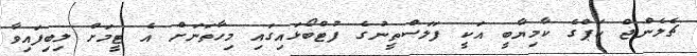
ޗެލެންޖް ކަޕްގެ ކާމިޔާބީ އަކީ ފަލަސްތީނުގެ ފުޓްބޯޅައިގައި މިހާތަނަށް އެ ޓީމަށް ލިބިފައިވާ